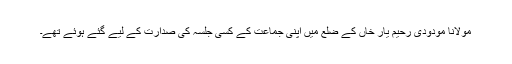
مولانا مودودی رحیم یار خاں کے ضلع میں اپنی جماعت کے کسی جلسہ کی صدارت کے لیے گئے ہوئے تھے۔